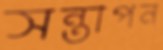
সন্তাপন